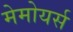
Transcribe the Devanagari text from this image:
मेमोयर्स